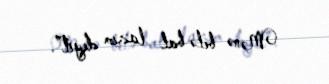
Mənə belə bal lazım deyil”.